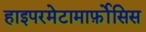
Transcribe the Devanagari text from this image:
हाइपरमेटामार्फ़ोसिस